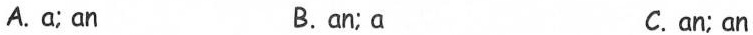
A.a; an B.an; a C. an; an